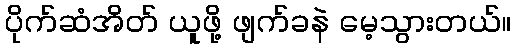
ပိုက်ဆံအိတ် ယူဖို့ ဖျက်ခနဲ မေ့သွားတယ်။